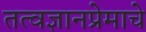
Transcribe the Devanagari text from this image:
तत्वज्ञानप्रेमाचे